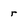
Character: r